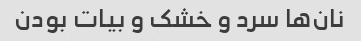
نان‌ها سرد و خشک و بیات بودن